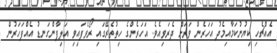
އެއްޗެހި ކިޔުނުކަމާއިމެދު އަހަރެން ވަރަށް ދެރަވިއެވެ. އަހަރެންގެ ހިތުތެރޭގައި ރޯވެފައިވި އަލިފާންގަނޑު އެއްފަހަރުން